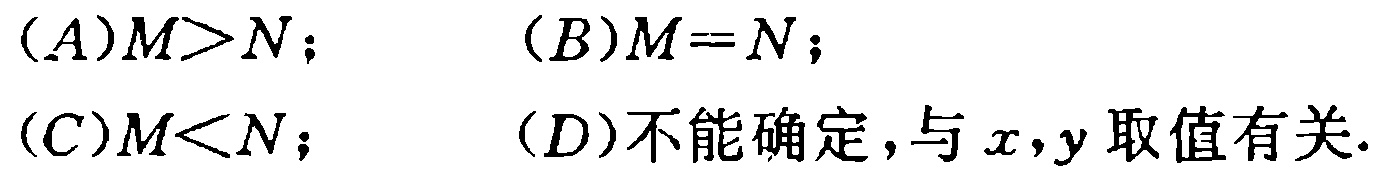
(A)$M > N$； (B)$M = N$；

(C)$M < N$； (D)不能确定，与$x,y$取值有关.